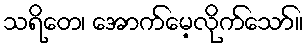
သရိတေ၊ အောက်မေ့လိုက်သော်။